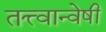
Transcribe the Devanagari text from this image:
तत्त्वान्वेषी